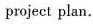
project plan.